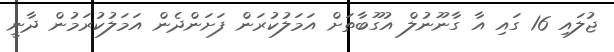
ޖުލައި 16 ގައި އާ ގާނޫނުލް އުގޫބާތަށް އަމަލުކުރަން ފަށަންދެން އަމަލުކުރަމުން ދާނީ